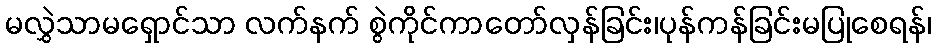
မလွှဲသာမရှောင်သာ လက်နက် စွဲကိုင်ကာတော်လှန်ခြင်း၊ပုန်ကန်ခြင်းမပြုစေရန်၊